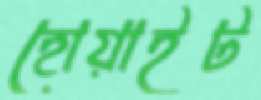
হোয়াইট